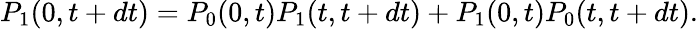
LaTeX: P_{1}(0,t+dt)=P_{0}(0,t)P_{1}(t,t+dt)+P_{1}(0,t)P_{0}(t,t+dt).